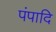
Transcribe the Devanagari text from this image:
पंपादि